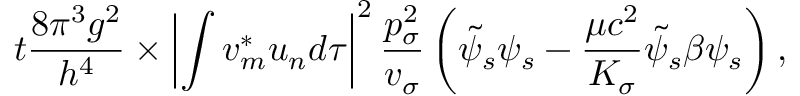
t { \frac { 8 \pi ^ { 3 } g ^ { 2 } } { h ^ { 4 } } } \times \left| \int v _ { m } ^ { * } u _ { n } d \tau \right| ^ { 2 } { \frac { p _ { \sigma } ^ { 2 } } { v _ { \sigma } } } \left( { \tilde { \psi } } _ { s } \psi _ { s } - { \frac { \mu c ^ { 2 } } { K _ { \sigma } } } { \tilde { \psi } } _ { s } \beta \psi _ { s } \right) ,